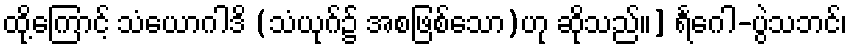
ထို့ကြောင့် သံယောဂါဒိ (သံယုဂ်၌ အစဖြစ်သော)ဟု ဆိုသည်။] ရင်္ဂေါ-ပွဲသဘင်၊